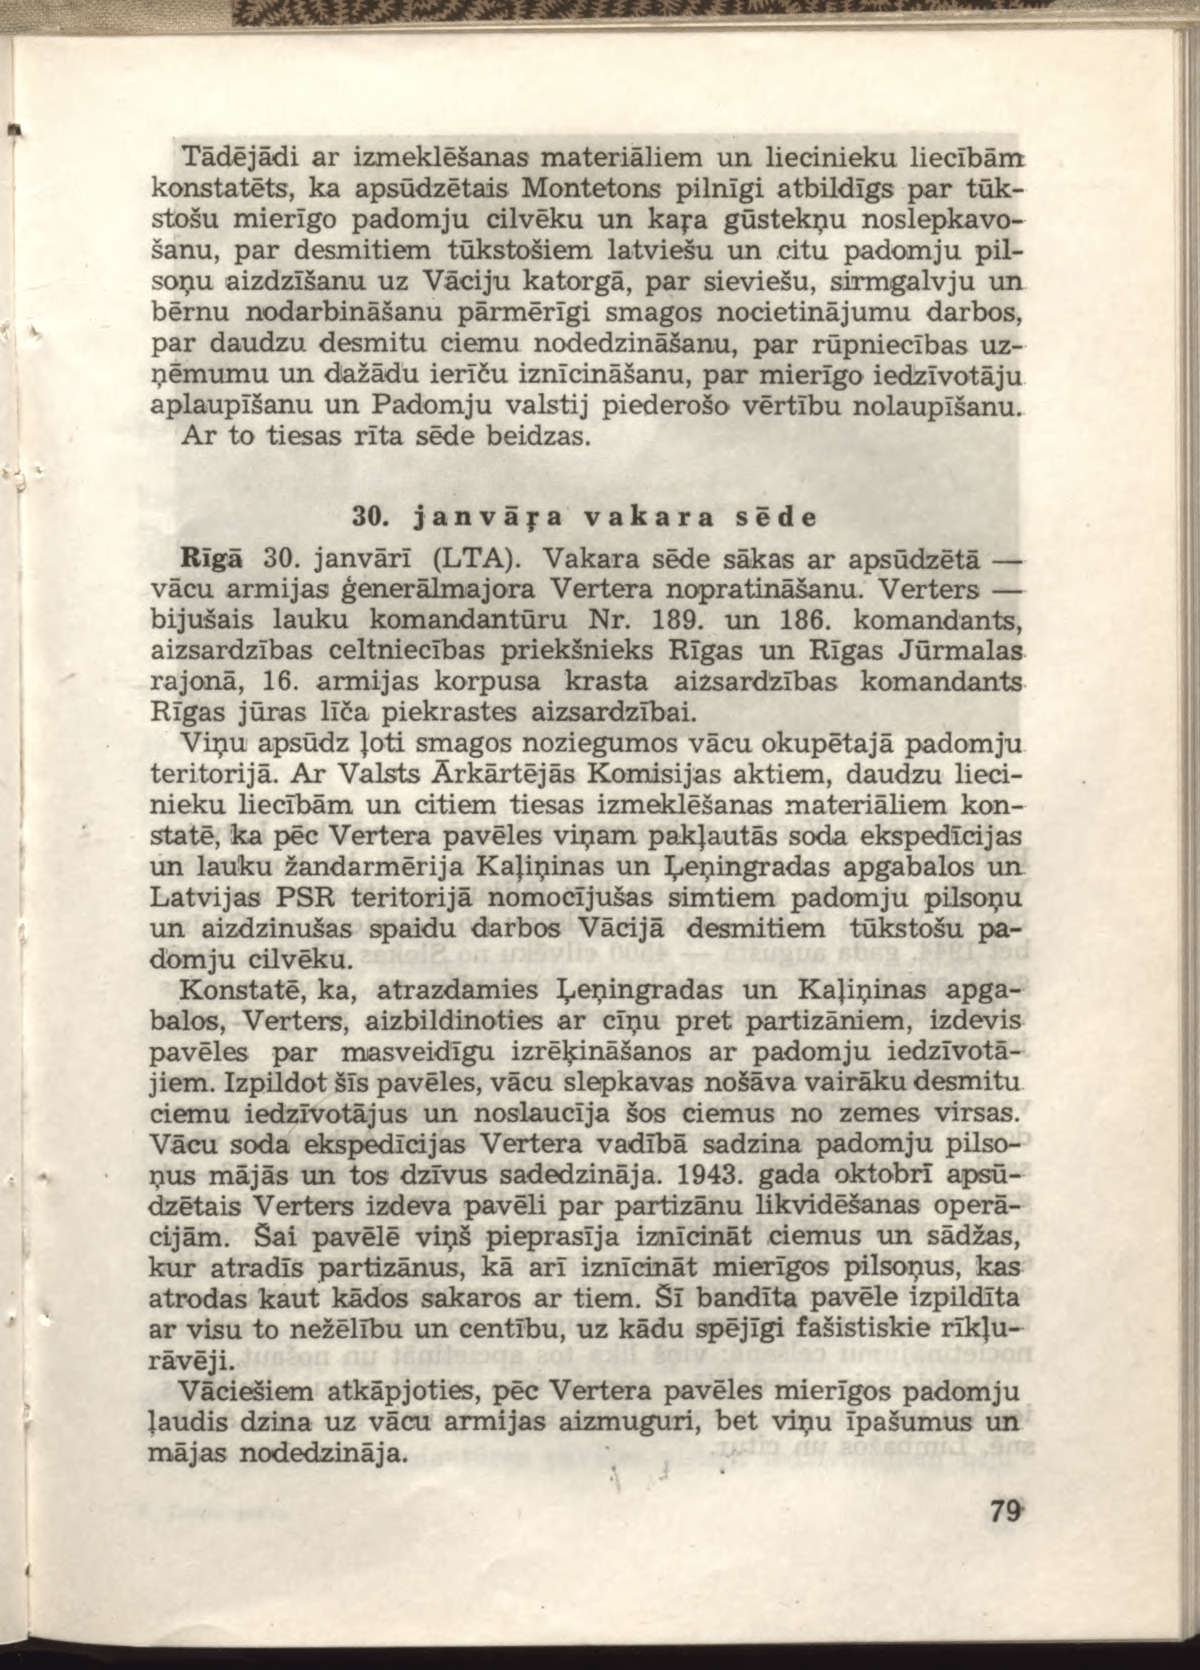
Language: lv